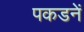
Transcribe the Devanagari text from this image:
पकडनें